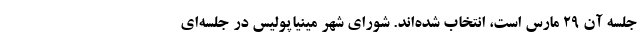
جلسه آن ۲۹ مارس است، انتخاب شده‌اند. شورای شهر مینیاپولیس در جلسه‌ای